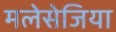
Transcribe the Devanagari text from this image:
मलेसेजिया